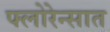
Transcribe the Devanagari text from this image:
फ्लोरेन्सात